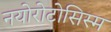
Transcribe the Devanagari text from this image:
नयोरोटोसिस्म